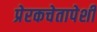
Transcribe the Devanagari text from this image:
प्रेरकचेतापेशी